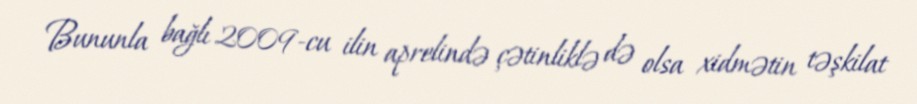
Bununla bağlı 2009-cu ilin aprelində çətinliklə də olsa xidmətin təşkilat